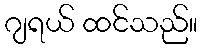
ဂျရယ် ထင်သည်။